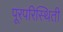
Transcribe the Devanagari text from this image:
पूरपरिस्थिती